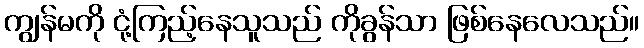
ကျွန်မကို ငုံ့ကြည့်နေသူသည် ကိုခွန်သာ ဖြစ်နေလေသည်။